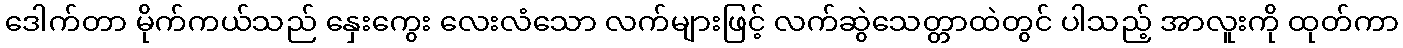
ဒေါက်တာ မိုက်ကယ်သည် နှေးကွေး လေးလံသော လက်များဖြင့် လက်ဆွဲသေတ္တာထဲတွင် ပါသည့် အာလူးကို ထုတ်ကာ